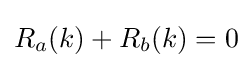
R_{a}(k)+R_{b}(k)=0